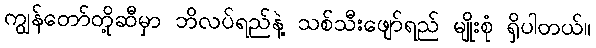
ကျွန်တော်တို့ဆီမှာ ဘိလပ်ရည်နဲ့ သစ်သီးဖျော်ရည် မျိုးစုံ ရှိပါတယ်။